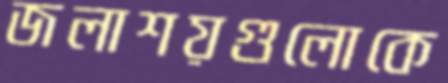
জলাশয়গুলোকে